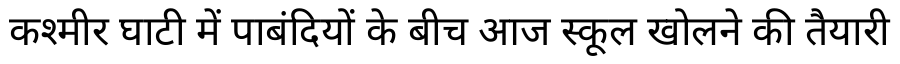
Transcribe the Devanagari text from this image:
कश्मीर घाटी में पाबंदियों के बीच आज स्कूल खोलने की तैयारी